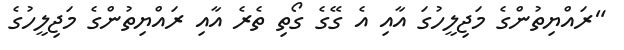
"ރައްޔިތުންގެ މަޖިލީހުގަ އާއި އެ ގޭގެ ގޯތި ތެެރެ އާއި ރައްޔިތުންގެ މަޖިލީހުގެ